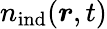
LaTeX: {n}_{\mathrm{ind}}(\boldsymbol{r},t)